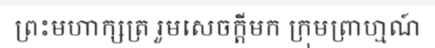
ព្រះមហាក្សត្រ រួមសេចក្តីមក ក្រុមព្រាហ្មណ៍